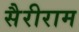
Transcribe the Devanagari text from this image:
सैरीराम